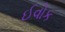
ઈવોક